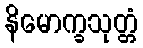
နိမောက္ခသုတ္တံ